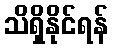
သိရှိနိုင်ရန်